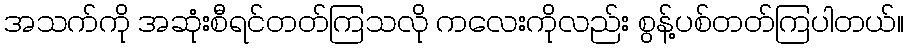
အသက်ကို အဆုံးစီရင်တတ်ကြသလို ကလေးကိုလည်း စွန့်ပစ်တတ်ကြပါတယ်။